Scottish Leaving Certificate Examination, 1952
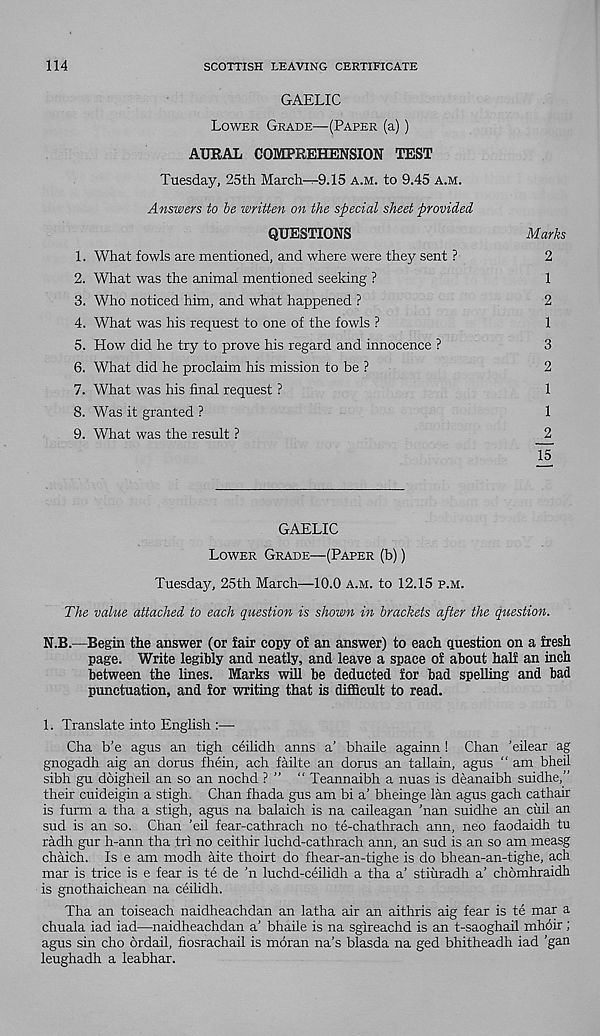
114
SCOTTISH LEAVING CERTIFICATE
GAELIC
Lower Grade—(Paper (a))
AURAL COMPREHENSION TEST
Tuesday, 25th March-i-9.15 a.m. to 9.45 A.m.
Answers to be written on the special sheet provided
QUESTIONS
Marks
1. What fowls are mentioned, and where were they sent ?
2
2. What was the animal mentioned seeking ?
1
3. Who noticed him, and what happened ?
2
4. What was his request to one of the fowls ?
1
5. How did he try to prove his regard and innocence ?
3
6. What did he proclaim his mission to be ?
2
7. What was his final request ?
1
8. Was it granted ?
1
9. What was the result ?
2
15
GAELIC
Lower Grade—(Paper (b))
Tuesdajq 25th March—10.0 a.m. to 12.15 p.m.
The value attached to each question is shown in brackets after the question.
N.B.—Begin the answer (or fair copy of an answer) to each question on a fresh
page. Write legibly and neatly, and leave a space of about half an inch
between the lines. Marks will be deducted for bad spelling and bad
punctuation, and for writing that is difficult to read.
1. Translate into English :—
Cha b’e agus an tigh ceilidh anns a’ bhaile againn ! Chan ’eilear ag
gnogadh aig an dorus fhein, ach failte an dorus an tallain, agus “ am bheU
sibh gu doigheil an so an nochd ? ” “ Teannaibh a nuas is deanaibh suidhe,”
their cuideigin a stigh. Chan fhada gus am bi a’ bheinge lan agus gach cathair
is furm a tha a stigh, agus na balaich is na caileagan 'nan suidhe an ciiil an
sud is an so. Chan ’eil fear-cathrach no te-chathrach ann, neo faodaidh tu
radh gur h-ann tha tri no ceithir luchd-cathrach ann, an sud is an so am measg
chaich. Is e am modh aite thoirt do fhear-an-tighe is do bhean-an-tighe, ach
mar is trice is e fear is te de ’n luchd-ceilidh a tha a’ stiiiradh a’ chomhraidh
is gnothaichean na ceilidh.
Tha an toiseach naidheachdan an latha air an aithris aig fear is te mar a
chuala iad iad—naidheachdan a’ bhaile is na sgireachd is an t-saoghail mhoir;
agus sin cho ordail, fiosrachail is moran na’s blasda na ged bhitheadh iad 'gan
leughadh a leabhar.